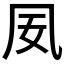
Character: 𫥟